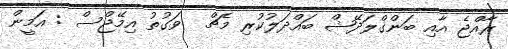
ރާއްޖެ އާއި ބަންގްލަދޭޝް ބައްދަލުކުރި މެޗް  ވަގުތު އިމޭޖްސް : އަމީން